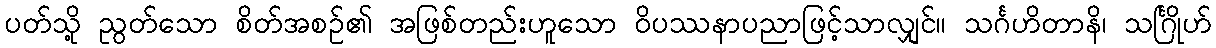
ပတ်သို့ ညွတ်သော စိတ်အစဉ်၏ အဖြစ်တည်းဟူသော ဝိပဿနာပညာဖြင့်သာလျှင်။ သင်္ဂဟိတာနိ၊ သင်္ဂြိုဟ်